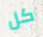
كل